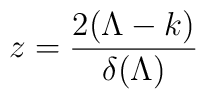
z=\frac{2(\Lambda -k)}{\delta (\Lambda )}